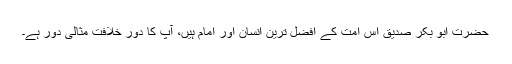
حضرت ابو بکر صدیق اس امت کے افضل ترین انسان اور امام ہیں، آپ کا دور خلافت مثالی دور ہے۔